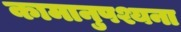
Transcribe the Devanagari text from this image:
कामानुपश्यना